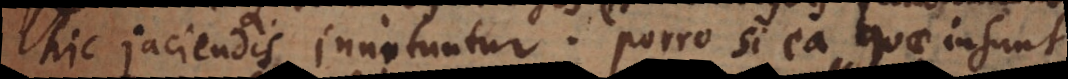
hic jaciendis innituntur. Porro si ea quae insunt